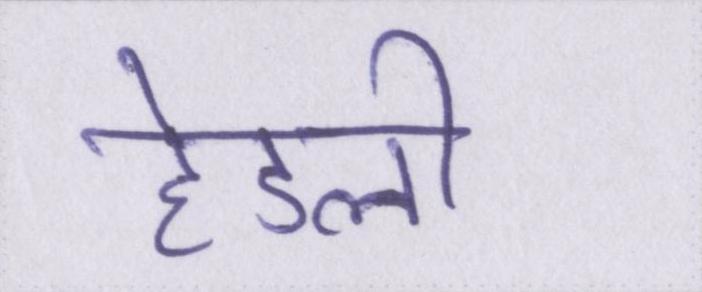
हेडली